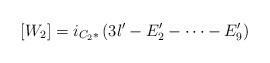
\begin{align*}[W_2] = i_{C_2*}\left(3l' - E'_2 - \dots - E'_9\right)\end{align*}